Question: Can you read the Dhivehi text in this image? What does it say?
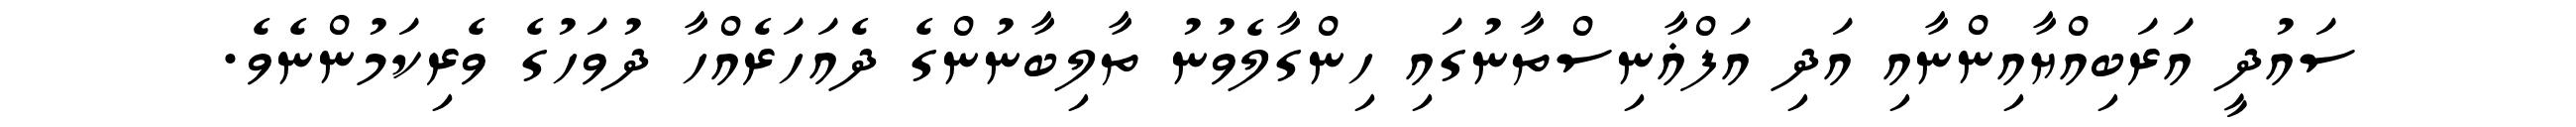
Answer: ސައުދީ އަރަބިއްޔާއިންނާއި އަދި އަފްޣާނިސްތާނުގައި ހިންގާލެވުނު ތާލިބާނުންގެ ދެއަހަރެއްހާ ދުވަހުގެ ވެރިކަމުންނެވެ.